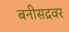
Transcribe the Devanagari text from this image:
बनीसद्रवर